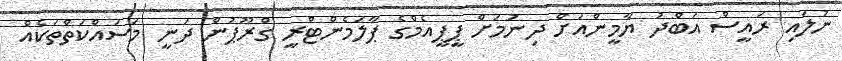
ނުލައި ރައީސް އަބްދު ޔާމީންއަށް ދިނުމަށް ޕީޕީއެމްގެ ޕާލަމެންޓްރީ ގްރޫޕުން ދަނީ މަސައްކަތްތަކެއް